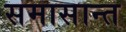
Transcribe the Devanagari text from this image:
समासान्त